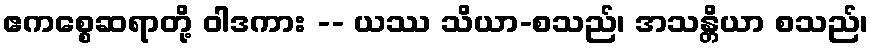
ဧကစ္စေဆရာတို့ ဝါဒကား -- ယဿ သိယာ-စသည်၊ အသန္တိယာ စသည်၊